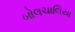
બોલચાલિયા